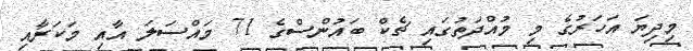
މިދިޔަ އަހަރުގެ މި މުއްދަތުގައި ޗެކް ބައުންސްގެ 71 މައްސަލަ އާއި މަކަރާއި